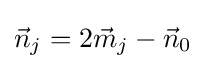
{\vec {n}}_{j}=2{\vec {m}}_{j}-{\vec {n}}_{0}